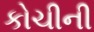
કોચીની